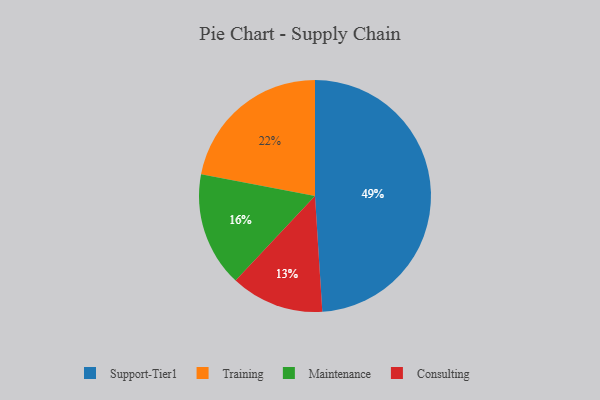
{"axis": {"x": "Category", "y": "Percentage"}, "legend": ["Consulting", "Maintenance", "Support-Tier1", "Training"], "data": [{"x": "Support-Tier1", "y": 49, "type": "Support-Tier1"}, {"x": "Maintenance", "y": 16, "type": "Maintenance"}, {"x": "Consulting", "y": 13, "type": "Consulting"}, {"x": "Training", "y": 22, "type": "Training"}]}